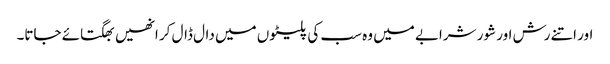
اور اتنے رش اور شور شرابے میں وہ سب کی پلیٹوں میں دال ڈال کر انھیں بھگتائے جاتا۔